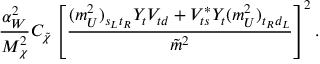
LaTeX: \frac { \alpha _ { W } ^ { 2 } } { M _ { \chi } ^ { 2 } } C _ { \tilde { \chi } } \left[ \frac { ( m _ { U } ^ { 2 } ) _ { s _ { L } t _ { R } } Y _ { t } V _ { t d } + V _ { t s } ^ { * } Y _ { t } ( m _ { U } ^ { 2 } ) _ { t _ { R } d _ { L } } } { { \tilde { m } ^ { 2 } } } \right] ^ { 2 } .